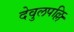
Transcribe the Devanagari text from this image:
देवुलपल्लि